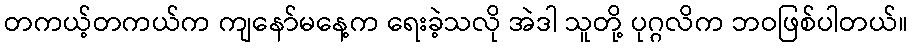
တကယ့်တကယ်က ကျနော်မနေ့က ရေးခဲ့သလို အဲဒါ သူတို့ ပုဂ္ဂလိက ဘဝဖြစ်ပါတယ်။